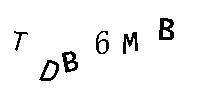
TDB6MB